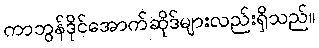
ကာဘွန်ဒိုင်အောက်ဆိုဒ်များလည်းရှိသည်။